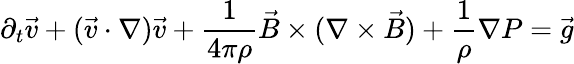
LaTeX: \partial_{t}\vec{v}+(\vec{v}\cdot\nabla)\vec{v}+\frac{1}{4\pi\rho}\vec{B}\times(\nabla\times\vec{B})+\frac{1}{\rho}\nabla P=\vec{g}